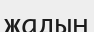
жадын